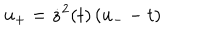
u _ { + } = \dot { z } ^ { 2 } ( t ) \left( u _ { - } - t \right)